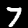
Label: 7